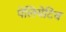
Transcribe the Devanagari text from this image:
पेलियेटिव